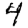
Digit: 4